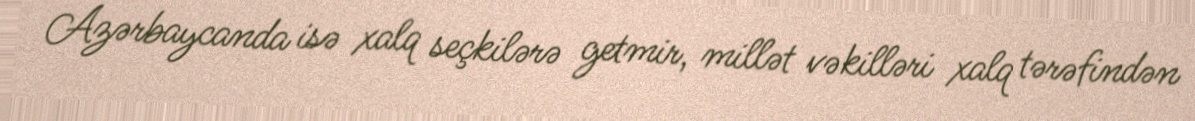
Azərbaycanda isə xalq seçkilərə getmir, millət vəkilləri xalq tərəfindən